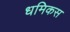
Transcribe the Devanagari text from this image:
धमिकस